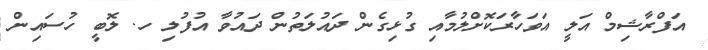
އަފްރާޝިމް އަލީ އަވަހާރަކޮށްލުމާއި ގުޅިގެން ދައުލަތުން ދައުވާ އުފުލި ހ. ލޮބީ ހުސައިން